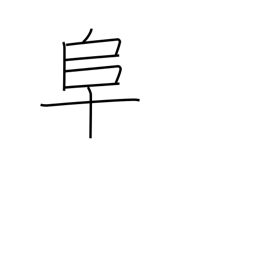
Meaning: left village radical (no. 170)